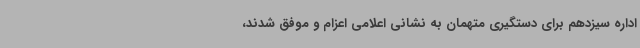
اداره سیزدهم برای دستگیری متهمان به نشانی اعلامی اعزام و موفق شدند،